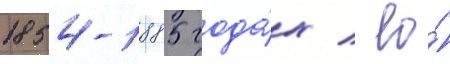
1854-1885 года́х / ео́